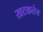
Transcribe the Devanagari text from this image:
खटकतेच